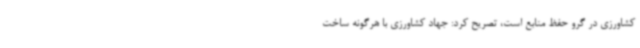
کشاورزی در گرو حفظ منابع است، تصریح کرد: جهاد کشاورزی با هرگونه ساخت